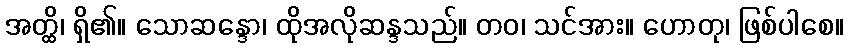
အတ္ထိ၊ ရှိ၏။ သောဆန္ဒော၊ ထိုအလိုဆန္ဒသည်။ တဝ၊ သင်အား။ ဟောတု၊ ဖြစ်ပါစေ။